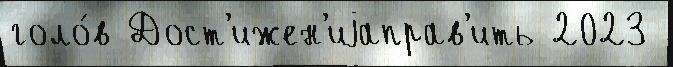
голо́в Дост'ижен'иjаправ'ить 2023